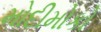
મોદીમોકો